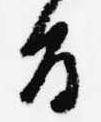
旨